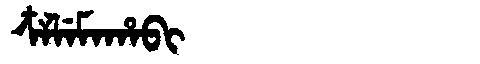
Manchu: ᠴᠶᠯᡝᠮᠠᡥᠠᠪᡳ
Romanization: CYLEMAHABI